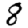
Digit: 8